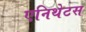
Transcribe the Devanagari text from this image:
एनिथेटस